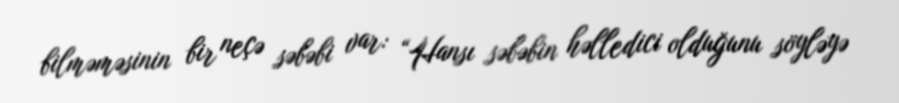
bilməməsinin bir neçə səbəbi var: “Hansı səbəbin həlledici olduğunu söyləyə